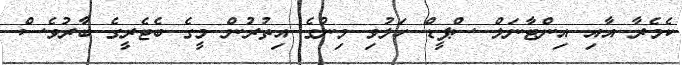
ކެމެރާ އާއި އިންޓާނަލް ސްޕީޑް ހަލުވި މިނުގެ އިތުރުން މީގެ ބެޓެރީގެ ބާރުވެސް